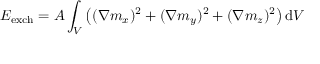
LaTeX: E _ { \mathrm { e x c h } } = A \int _ { V } \left( ( \nabla m _ { x } ) ^ { 2 } + ( \nabla m _ { y } ) ^ { 2 } + ( \nabla m _ { z } ) ^ { 2 } \right) \mathrm { d } V